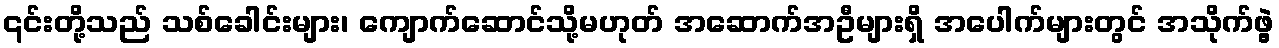
၎င်းတို့သည် သစ်ခေါင်းများ၊ ကျောက်ဆောင်သို့မဟုတ် အဆောက်အဦများရှိ အပေါက်များတွင် အသိုက်ဖွဲ့